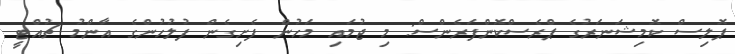
ޕޮލިސް ކޮމިޝަނަރުގެ ޕްރެސްކޮންފަރެންސް: މި ޖުމައި މަހުން ފެށިގެން ފުލުހުންގެ އާންމު ޗުއްޓީ